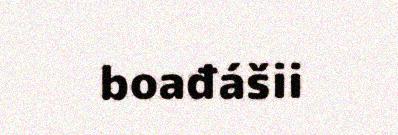
boađášii